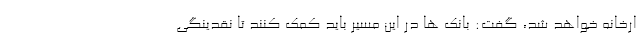
ارخانه خواهد شد، گفت: بانک ها در این مسیر باید کمک کنند تا نقدینگی